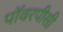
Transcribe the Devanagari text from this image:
पॉवरपीसी